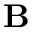
\mathbf { B }